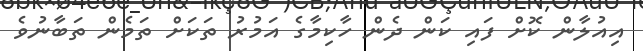
އިއުލާން ކޮށް ފައި ކަން ދެން ހާކިމާގެ އަމުރު ތަކަށް ތަމެން ތަބާނުވެ